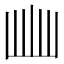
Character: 𭖈